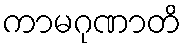
ကာမဂုဏာတိ